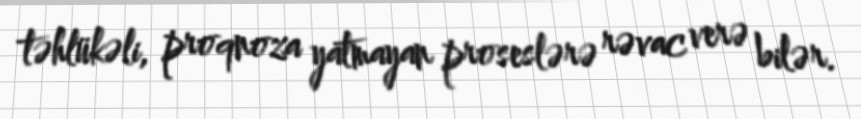
təhlükəli, proqnoza yatmayan proseslərə rəvac verə bilər.